Report of the Indian Hemp Drugs Commission, 1894-1895 - Volume V
Year: 1894
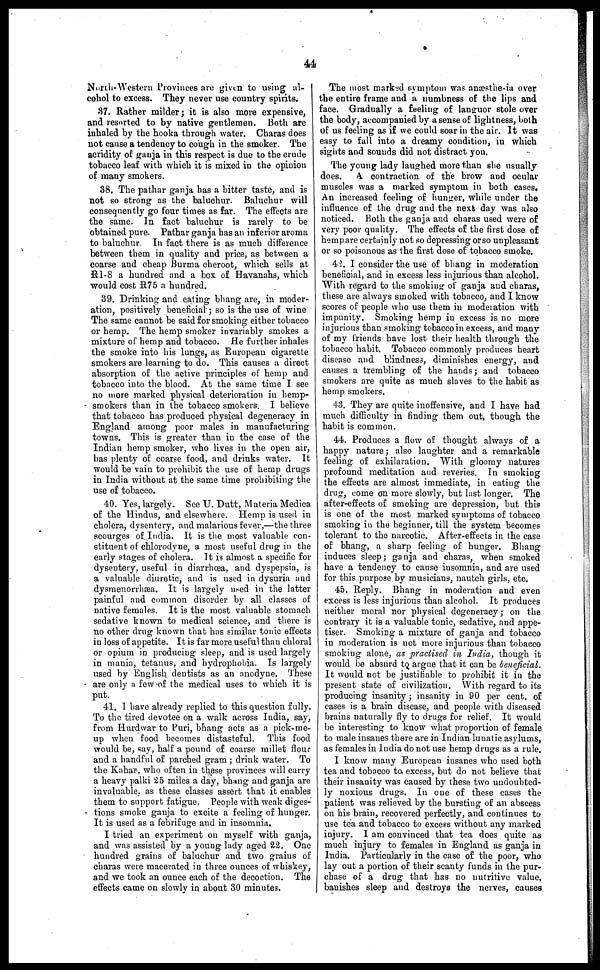
44
North-Western Provinces are given to using al-
cohol to excess. They never use country spirits.
37. Rather milder ; it is also more expensive,
and resorted to by native gentlemen. Both are
inhaled by the hooka through water. Charas does
not cause a tendency to cough in the smoker. The
acridity of ganja in this respect is due to the crude
tobacco leaf with which it is mixed in the opinion
of many smokers.
38. The pathar ganja has a bitter taste, and is
not so strong as the baluchur. Baluchur will
consequently go four times as far. The effects are
the same. In fact baluchur is rarely to be
obtained pure. Pathar ganja has an inferior aroma
to baluchur. In fact there is as much difference
between them in quality and price, as between a
coarse and cheap Burma cheroot, which sells at
R1-8 a hundred and a box of Havanahs, which
would cost R75 a hundred.
39. Drinking and eating bhang are, in moder-
ation, positively beneficial ; so is the use of wine
The same cannot be said for smoking either tobacco
or hemp. The hemp smoker invariably smokes a
mixture of hemp and tobacco. He further inhales
the smoke into his lungs, as European cigarette
smokers are learning to do. This causes a direct
absorption of the active principles of hemp and
tobacco into the blood. At the same time I see
no more marked physical deterioration in hemp-
smokers than in the tobacco smokers. I believe
that tobacco has produced physical degeneracy in
England among poor males in manufacturing
towns. This is greater than in the case of the
Indian hemp smoker, who lives in the open air,
has plenty oil coarse food, and drinks water. It
would be vain to prohibit the use of hemp drugs
in India without at the same time prohibiting the
use of tobacco.
40. Yes, largely. See U. Dutt, Materia Medica
of the Hindus, and elsewhere. Hemp is used in
cholera, dysentery, and malarious fever,—the three
scourges of India. It is the most valuable con-
stituent of chlorodyne, a most useful drug in the
early stages of cholera. It is almost a specific for
dysentery, useful in diarrhoea, and dyspepsia, is
a valuable diuretic, and is used in dysuria and
dysmenorrhæa. It is largely used in the latter
painful and common disorder by all classes of
native females, It is the most valuable stomach
sedative known to medical science, and there is
no other drug known that has similar tonic effects
in loss of appetite. It is far more useful than chloral
or opium in producing sleep, and is used largely
in mania, tetanus, and hydrophobia. Is largely
used by English dentists as an anodyne. These
are only a few of the medical uses to which it is
put.
41. I have already replied to this question fully.
To the tired devotee on a walk across India, say,
from Hurdwar to Puri, bhang acts as a pick-me-
up when food becomes distasteful. This food
would be, say, half a pound of coarse millet flour
and a handful of parched gram ; drink water. To
the Kahar, who often in these provinces will carry
a heavy palki 25 miles a day, bhang and ganja are
invaluable, as these classes assert that it enables
them to support fatigue. People with weak diges-
tions smoke ganja to excite a feeling of hunger.
It is used as a febrifuge and in insomnia.
I tried an experiment on myself with ganja,
and was assisted by a young lady aged 22. One
hundred grains of baluchur and two grains of
charas were macerated in three ounces of whiskey,
and we took an ounce each of the decoction. The
effects came on slowly in about 30 minutes.
The most marked symptom was anæsthesia over
the entire frame and a numbness of the lips and
face. Gradually a feeling of languor stole over
the body, accompanied by a sense of lightness, both
of us feeling as if we could soar in the air. It was
easy to fall into a dreamy condition, in which
sights and sounds did not distract you.
The young lady laughed more than she usually
does.
A contraction of the brow and ocular
muscles was a marked symptom in both cases.
An increased feeling of hunger, while under the
influence of the drug and the next day was also
noticed. Both the ganja and charas used were of
very poor quality. The effects of the first dose of
hemp are certainly not so depressing or so unpleasant
or so poisonous as the first dose of tobacco smoke.
42. I consider the use of bhang in moderation
beneficial, and in excess less injurious than alcohol.
With regard to the smoking of ganja and charas,
these are always smoked with tobacco, and I know
scores of people who use them in moderation with
impunity. Smoking hemp in excess is no more
injurious than smoking tobacco in excess, and many
of my friends have lost their health through the
tobacco habit. Tobacco commonly produces heart
disease and blindness, diminishes energy, and
causes a trembling of the hands; and tobacco
smokers are quite as much slaves to the habit as
hemp smokers.
43. They are quite inoffensive, and I have had
much difficulty in finding them out, though the
habit is common.
44. Produces a flow of thought always of a
happy nature ; also laughter and a remarkable
feeling of exhilaration. With gloomy natures
profound meditation and reveries. In smoking
the effects are almost immediate, in eating the
drug, come on more slowly, but last longer. The
after-effects of smoking are depression, but this
is one of the most marked symptoms of tobacco
smoking in the beginner, till the system becomes
tolerant to the narcotic. After-effects in the case
of bhang, a sharp feeling of hunger. Bhang
induces sleep; ganja and charas, when smoked
have a tendency to cause insomnia, and are used
for this purpose by musicians, nautch girls, etc.
45. Reply. Bhang in moderation and even
excess is less injurious than alcohol. It produces
neither moral nor physical degeneracy; on the
contrary it is a valuable tonic, sedative, and appe-
tiser. Smoking a mixture of ganja and tobacco
in moderation is not more injurious than tobacco
smoking alone, as practised in India, though it
would be absurd to argue that it can be beneficial.
It would not be justifiable to prohibit it in the
present state of civilization. With regard to its
producing insanity ; insanity in 90 per cent. of
cases is a brain disease, and people with diseased
brains naturally fly to drugs for relief. It would
be interesting to know what proportion of female
to male insanes there are in Indian lunatic asylums,
as females in India do not use hemp drugs as a rule.
I know many European insanes who used both
tea and tobacco to. excess, but do not believe that
their insanity was caused by these two undoubted-
ly noxious drugs. In one of these cases the
patient was relieved by the bursting of an abscess
on his brain, recovered perfectly, and continues to
use tea and tobacco to excess without any marked
injury. I am convinced that tea does quite as
much injury to females in England as ganja in
India. Particularly in the case of the poor, who
lay out a portion of their scanty funds in the pur-
chase of a drug that has no nutritive value,
banishes sleep and destroys the nerves, causes